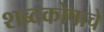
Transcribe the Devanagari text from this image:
शब्दकोषाचे